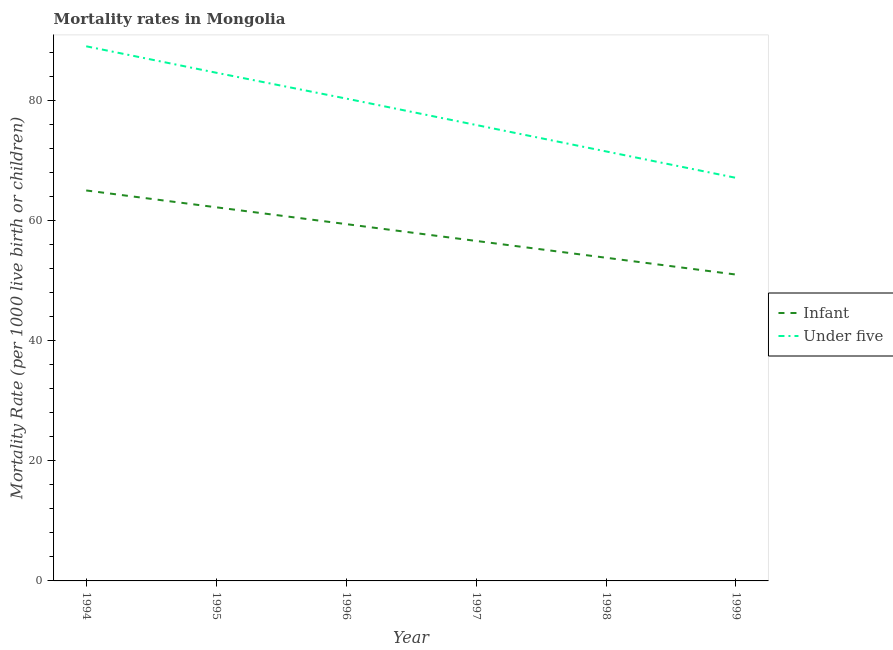
| Year | Infant | Under five |
 | --- | --- | --- |
 | 1994 | 65 | 89 |
 | 1995 | 62.2 | 84.6 |
 | 1996 | 59.4 | 80.3 |
 | 1997 | 56.6 | 75.9 |
 | 1998 | 53.8 | 71.5 |
 | 1999 | 51 | 67.1 |